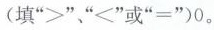
(填”>””<”或”=”)0。